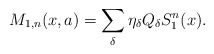
\begin{align*}M_{1,n}(x, a) = \sum_\delta \eta_\delta Q_\delta S_1^n(x) .\end{align*}